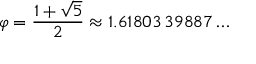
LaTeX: \varphi = { \frac { 1 + { \sqrt { 5 } } } { 2 } } \approx 1 . 6 1 8 0 3 \, 3 9 8 8 7 \ldots